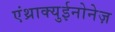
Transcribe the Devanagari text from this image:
एंथ्राक्युईनोनेज़